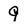
Character: 9